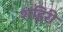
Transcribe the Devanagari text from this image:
शहिरी